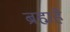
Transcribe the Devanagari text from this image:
ब्रह्महै